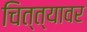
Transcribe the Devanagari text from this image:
चित्त्यावर